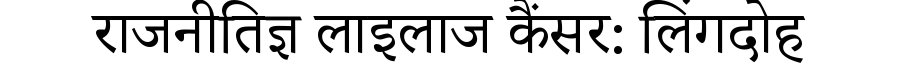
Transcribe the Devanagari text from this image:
राजनीतिज्ञ लाइलाज कैंसर: लिंगदोह